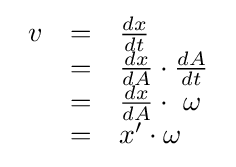
{\begin{array}{lcl}v&=&{\frac {dx}{dt}}\\&=&{\frac {dx}{dA}}\cdot {\frac {dA}{dt}}\\&=&{\frac {dx}{dA}}\cdot \ \omega \\&=&x'\cdot \omega \\\end{array}}